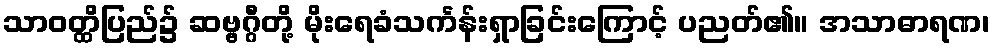
သာဝတ္ထိပြည်၌ ဆဗ္ဗဂ္ဂီတို့ မိုးရေခံသင်္ကန်းရှာခြင်းကြောင့် ပညတ်၏။ အသာဓာရဏ၊